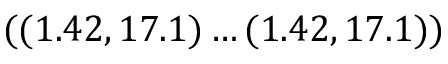
( ( 1 . 4 2 , 1 7 . 1 ) \dots ( 1 . 4 2 , 1 7 . 1 ) )